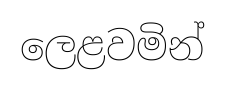
ලෙළවමින්